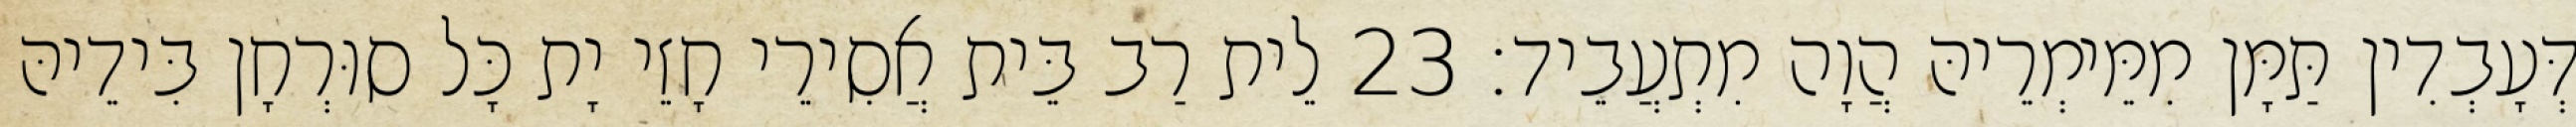
דְּעָבְדִין תַּמָּן מִמֵּימְרֵיהּ הֲוָה מִתְעֲבֵיד׃ 23 לֵית רַב בֵּית אֲסִירֵי חָזֵי יָת כָּל סוּרְחָן בִּידֵיהּ